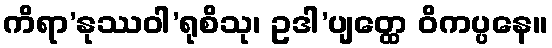
ကိရာ’နုဿဝါ’ရုစိသု၊ ဥဒါ’ပျတ္ထေ ဝိကပ္ပနေ။